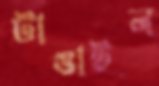
টাঙাইল